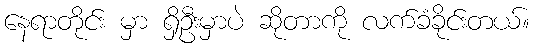
နေရာတိုင်း မှာ ရှိဦးမှာပဲ ဆိုတာကို လက်ခံခိုင်းတယ်။